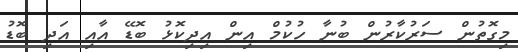
މިގޮތުން ސަރުކާރުން ބުނާ ހުކުމް އިން އިދިކޮޅު ބޮޑޭ އާއި އަދި ބޮޑު